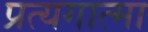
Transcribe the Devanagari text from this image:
प्रत्यगात्मा